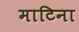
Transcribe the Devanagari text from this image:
माटिना